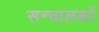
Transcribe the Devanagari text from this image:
सन्चालकों